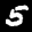
Label: 5